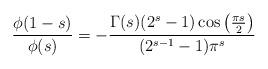
LaTeX: \begin{align*}\frac{\phi(1-s)}{\phi(s)} = -\frac{\Gamma(s)(2^s-1)\cos\left(\frac{\pi s}{2}\right)}{(2^{s-1}-1)\pi^s}\end{align*}